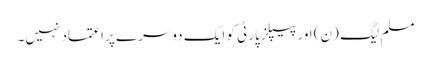
مسلم لیگ (ن) اور پیپلز پارٹی کو ایک دوسرے پر اعتماد نہیں۔